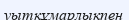
уытқұмарлықпен